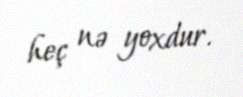
heç nə yoxdur.